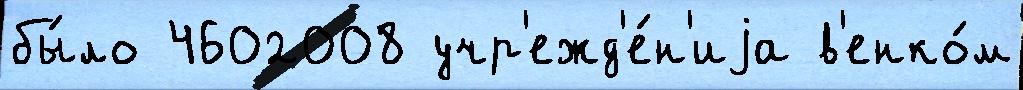
бы́ло 4602008 учр'ежд'е́н'иjа в'енко́м